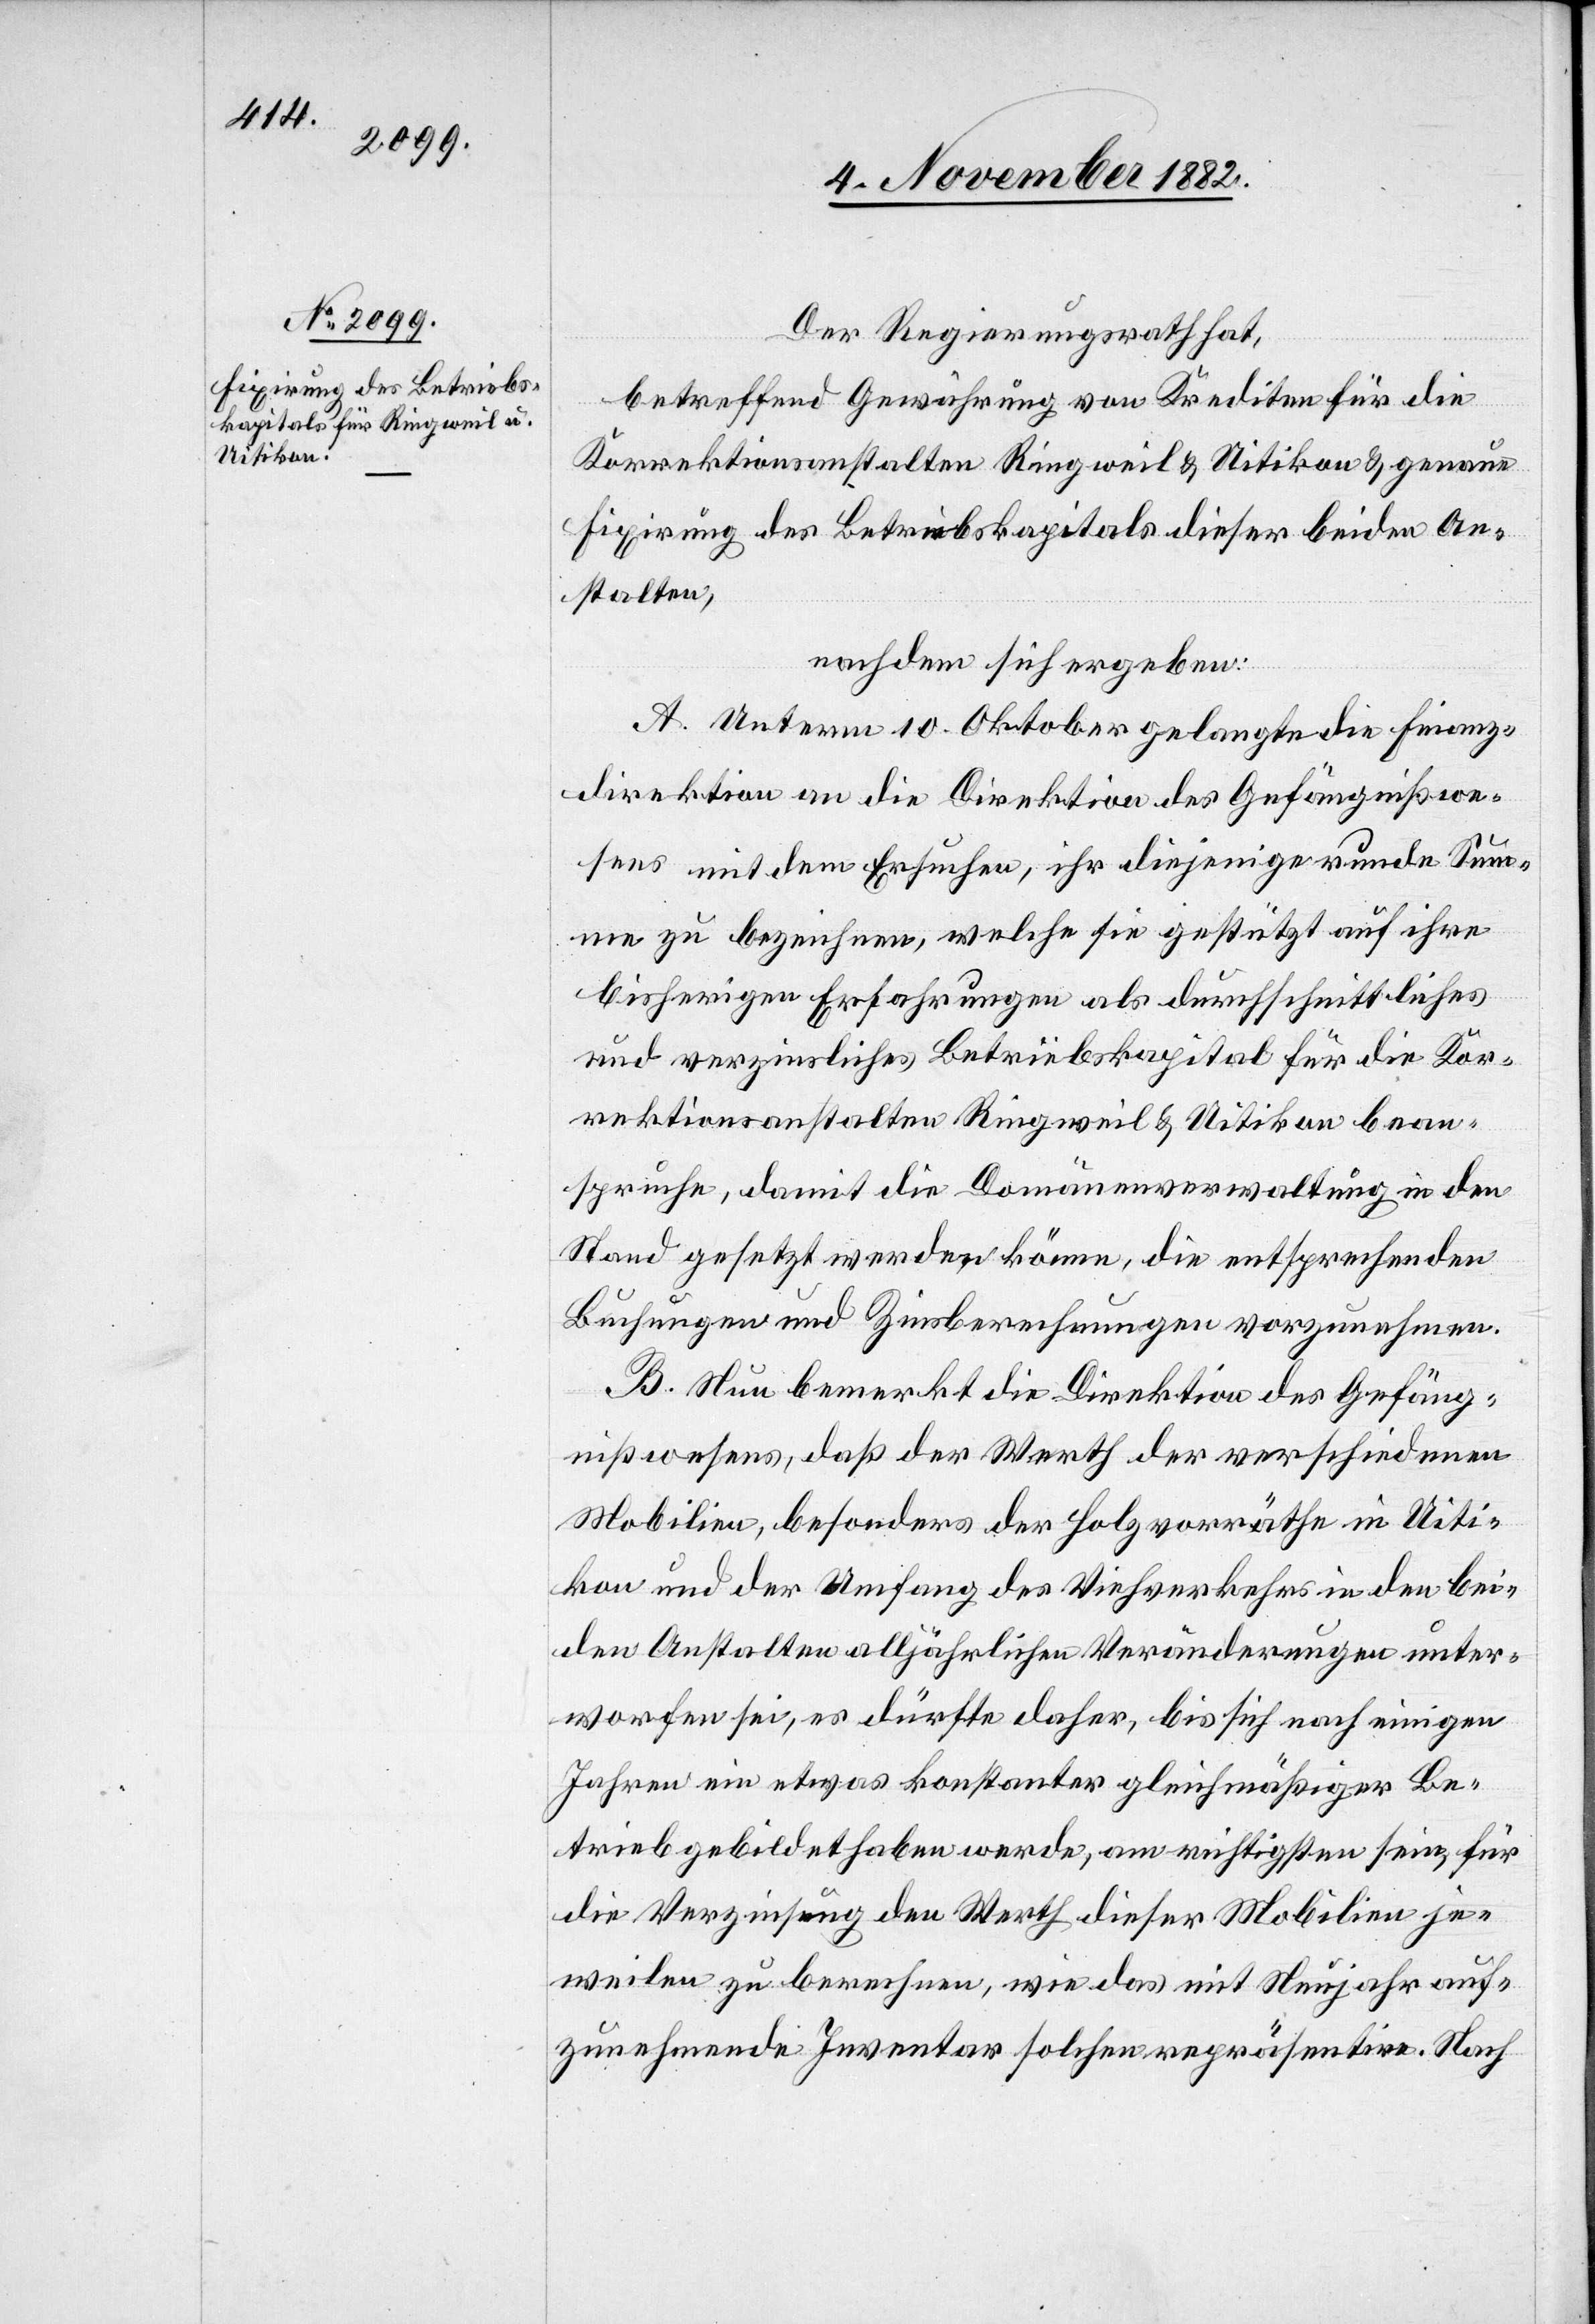
Der Regierungsrath hat,
betreffend Gewährung von Krediten für die
Korrektionsanstalten Ringweil & Uitikon & genaue
Fixirung des Betriebskapitals dieser beiden An¬
stalten,
nachdem sich ergeben:
A. Unterm 10. Oktober gelangte die Finanz¬
direktion an die Direktion des Gefängnißwe¬
sens mit dem Ersuchen, ihr diejenige runde Sum¬
me zu bezeichnen, welche sie gestützt auf ihre
bisherigen Erfahrungen als durchschnittliches
und verzinsliches Betriebskapital für die Kor¬
rektionsanstalten Ringweil & Uitikon bean¬
spruche, damit die Domänenverwaltung in den
Stand gesetzt werden könne, die entsprechenden
Buchungen und Zinsberechnungen vorzunehmen.
B. Neu bemerkt die Direktion des Gefäng¬
nißwesens, daß der Werth der verschiedenen
Mobilien, besonders der Holzvorräthe in Uiti¬
kon und der Umfang des Viehverkehrs in den bei¬
den Anstalten alljährliche Veränderungen unter¬
worfen sei, es dürfte daher, bis sich nach einigen
Jahren ein etwas konstanter gleichmäßiger Be¬
triebe gebildet haben werde, am richtigsten sein, für
die Verzinsung den Werth dieser Mobilien je¬
weilen zu berechnen, wie das mit Neujahr auf¬
zunehmende Inventar solchen repräsentire. Nach